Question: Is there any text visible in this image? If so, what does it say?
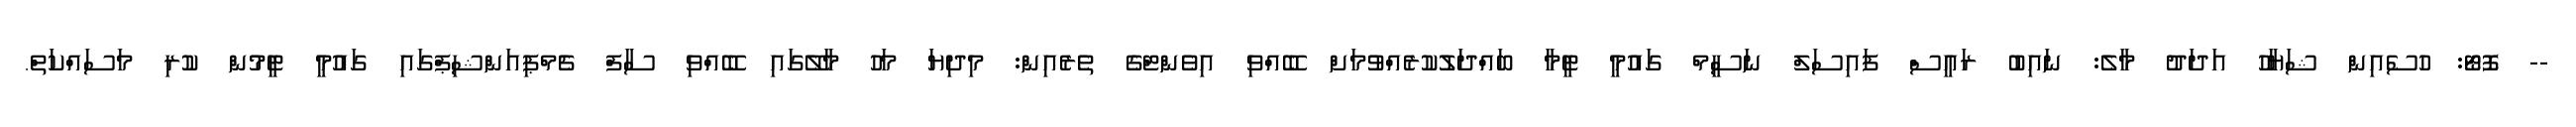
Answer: -- ފޮޓޯ: ހުސެއިން ޝަޔާހު އަދަދު މާލެ: ނައިބު ރައީސް ފައިސަލް ނަސީމް ގައުމީ ޓީމާ ބައްދަލުކުރެއްވުމަށް ބޭއްވި އިވެންޓްގެ ތެރެއިން: މިދިޔަ މަހު މާލޭގައި ބޭއްވި ސާފް ޗެމްޕިއަންޝިޕްގައި ގައުމީ ޓީމުން ކުރި މަސައްކަތް.